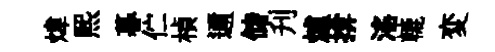
煒熙暮伫楨邇储刋爐揜滛轆変